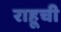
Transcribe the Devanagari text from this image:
राहूची